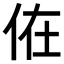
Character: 𠈚